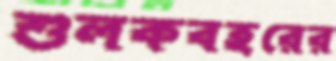
শুলকবহরের